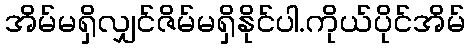
အိမ်မရှိလျှင်ဇိမ်မရှိနိုင်ပါ.ကိုယ်ပိုင်အိမ်